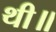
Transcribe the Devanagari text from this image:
थी॥